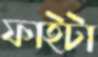
ফাইটা